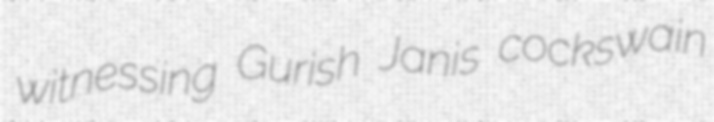
witnessing Gurish Janis cockswain